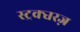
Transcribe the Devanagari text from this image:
स्ट्रक्चरज़